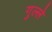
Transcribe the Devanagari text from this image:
गुल्ले